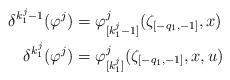
LaTeX: \begin{align*}\delta^{k_{1}^{j}-1}(\varphi^{j}) & =\varphi_{[k_{1}^{j}-1]}^{j}(\zeta_{[-q_{1},-1]},x)\\\delta^{k_{1}^{j}}(\varphi^{j}) & =\varphi_{[k_{1}^{j}]}^{j}(\zeta_{[-q_{1},-1]},x,u)\end{align*}